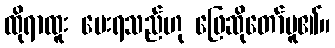
ထိုရာထူး ပေးရသည်ဟု ဖြေဆိုတော်မူ၏။